Vaccination North-Western Provinces and Oudh 1896-1901 - 1896-1901
Year: 1896
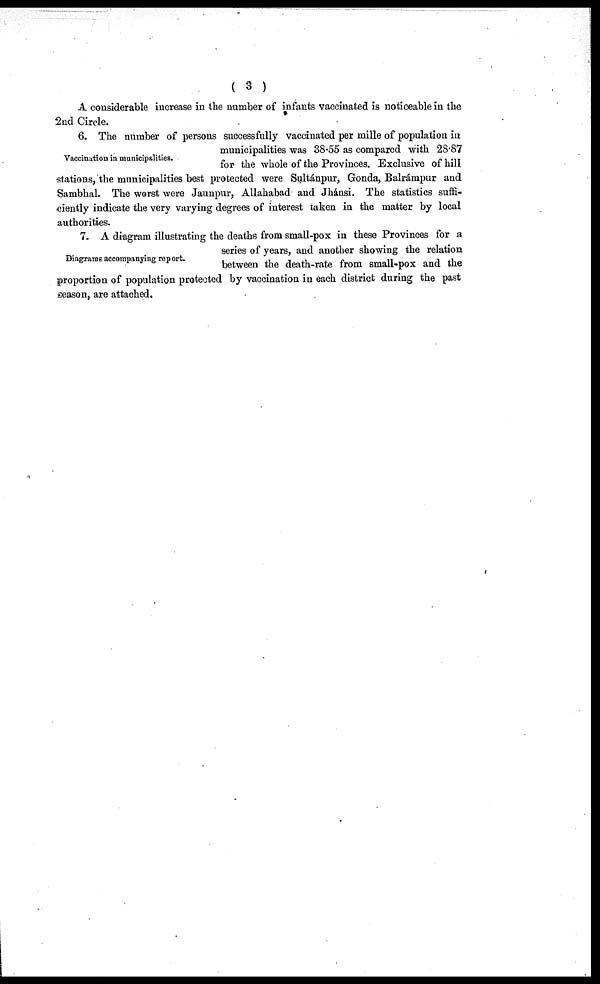
( 3 )
A considerable increase in the number of infants vaccinated is noticeable in the
2nd Circle.
Vaccination in municipalities.
6. The number of persons successfully vaccinated per mille of population in
municipalities was 38.55 as compared with 28.87
for the whole of the Provinces. Exclusive of hill
stations, the municipalities best protected were Sultánpur, Gonda, Balrámpur and
Sambhal. The worst were Jaunpur, Allahabad and Jhánsi. The statistics suffi-
ciently indicate the very varying degrees of interest taken in the matter by local
authorities.
Diagrams accompanying report.
7. A diagram illustrating the deaths from small-pox in these Provinces for a
series of years, and another showing the relation
between the death-rate from small-pox and the
proportion of population protected by vaccination in each district during the past
season, are attached.